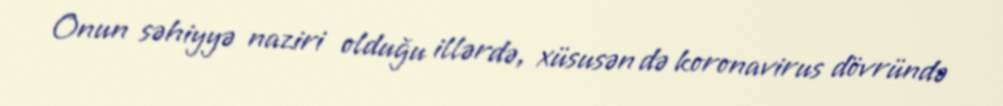
Onun səhiyyə naziri olduğu illərdə, xüsusən də koronavirus dövründə